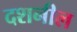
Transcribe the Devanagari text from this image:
दशनील